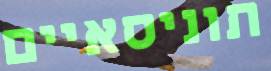
תוניסאיים